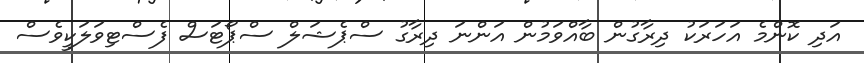
އަދި ކޮންމެ އަހަރަކު ދިރާގުން ބާއްވަމުން އަންނަ ދިރާގު ސްޕެޝަލް ސްޕޯޓަސް ފެސްޓިވަލަކީވެސް